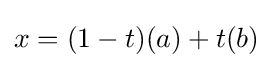
x=(1-t)(a)+t(b)